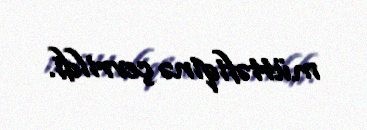
müttəfiqinə çevrildi.